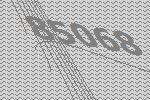
85068